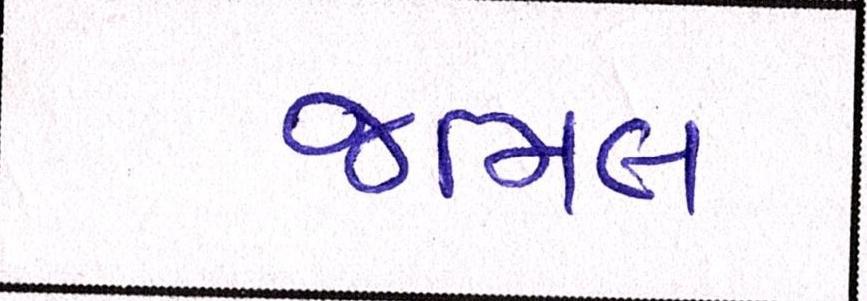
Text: જમિલ